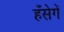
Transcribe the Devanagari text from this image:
हँसेगें